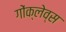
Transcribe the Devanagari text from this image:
गोंक्लेव्स